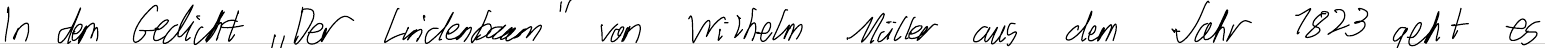
In dem Gedicht "Der Lindenbaum" von Wilhelm Müller aus dem Jahr 1823 geht es